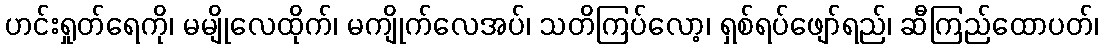
ဟင်းရှုတ်ရေကို၊ မမျိုလေထိုက်၊ မကျိုက်လေအပ်၊ သတိကြပ်လော့၊ ရှစ်ရပ်ဖျော်ရည်၊ ဆီကြည်ထောပတ်၊